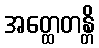
အတ္ထေတန္တိ